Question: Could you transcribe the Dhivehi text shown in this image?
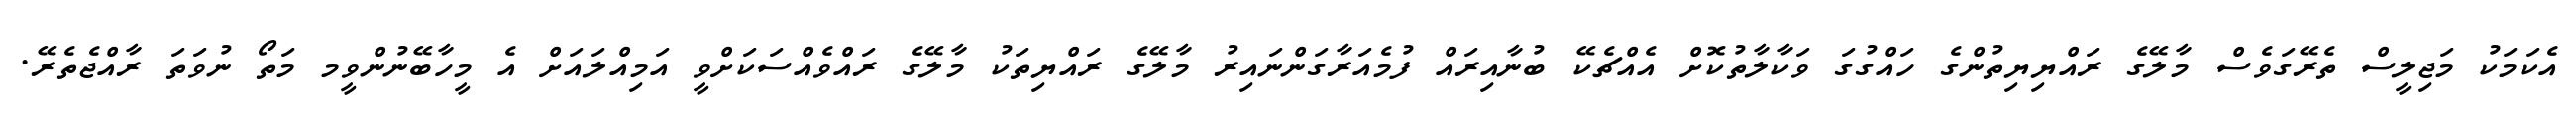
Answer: އެކަމަކު މަޖިލީސް ތެރޭގަވެސް މާލޭގެ ރައްޔިޔިތުންގެ ހައްގުގަ ވަކާލާތުކޮށް އެއްޗެކޭ ބުނާއިރައް ފުމެއަރާގަންނައިރު މާލޭގެ ރައްޔިތަކު މާލޭގެ ރައްވެއްސަކަށްވީ އަމިއްލައަށް އެ މީހާބޭނުންވީމ މަތޯ ނުވަތަ ރާއްޖެތެރޭ.